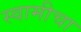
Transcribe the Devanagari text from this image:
स्वामीचा